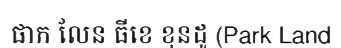
ផាក លែន ធីខេ ខុនដូ (Park Land